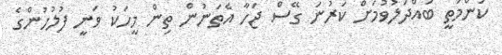
ކަންމަތީ ބައްދަލުވުމަށް ކަރުނަ ގޭސް ޖަހާ އެތަނުން ތިން މީހަކު ވަނީ ފުލުހުންގެ